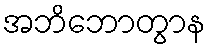
အဘိဘောတွာန